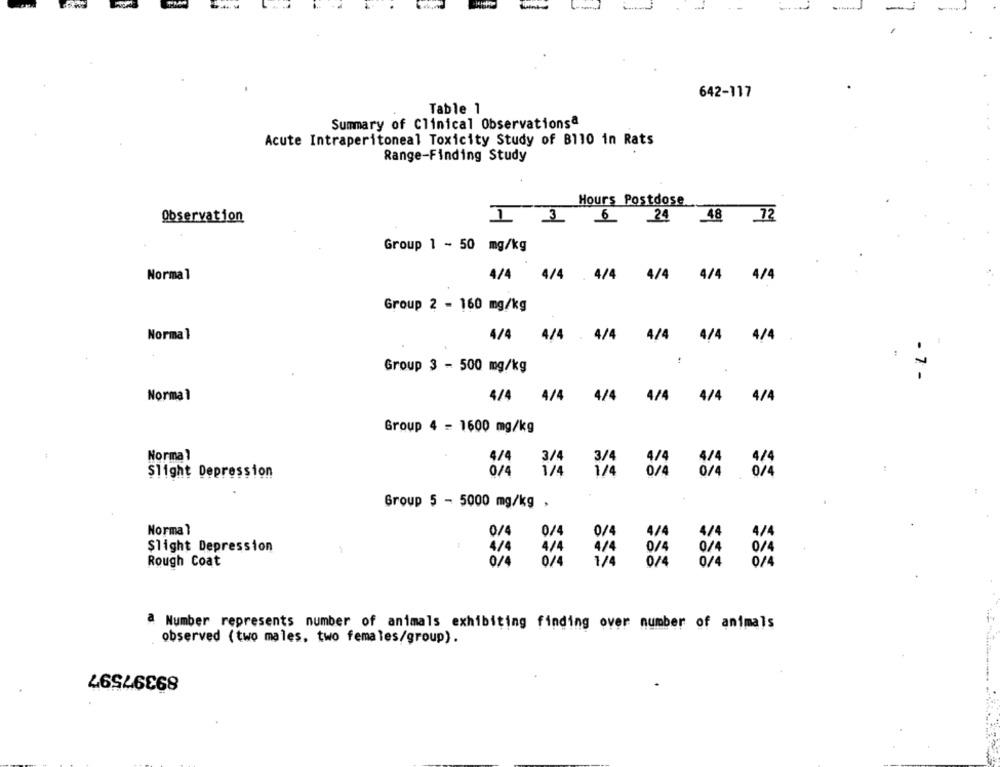
642-117
Table 1
Summary of Clinical Observationsª
Acute Intraperitoneal Toxicity Study of B110 in Rats
Range-Finding Study
Hours Postdose
Observation
13
6 24 48 72
Group 1 - 50 mg/kg
Normal
4/4
4/4 4/4
4/4 4/4 . 4/4
Group 2 - 160 mg/kg
Normal
4/4 4/4 . 4/4
4/4
4/4
4/4
:
Group 3 - 500 mg/kg
- 7 -
Normal
4/4
4/4
4/4
4/4
4/4
4/4
Group 4 = 1600 mg/kg
Normal
4/4
3/4
3/4
Slight Depression
0/4
1/4
1/4
0/4
Group 5 - 5000 mg/kg ,
Normal
0/4
0/4
0/4
4/4
4/4
4/4
Slight Depression
4/4
4/4
4/4
0/4
0/4
Rough Coat
0/4
0/4
0/4
0/4
0/4
a Number represents number of animals exhibiting finding over number of animals
observed (two males, two females/group).
89397597